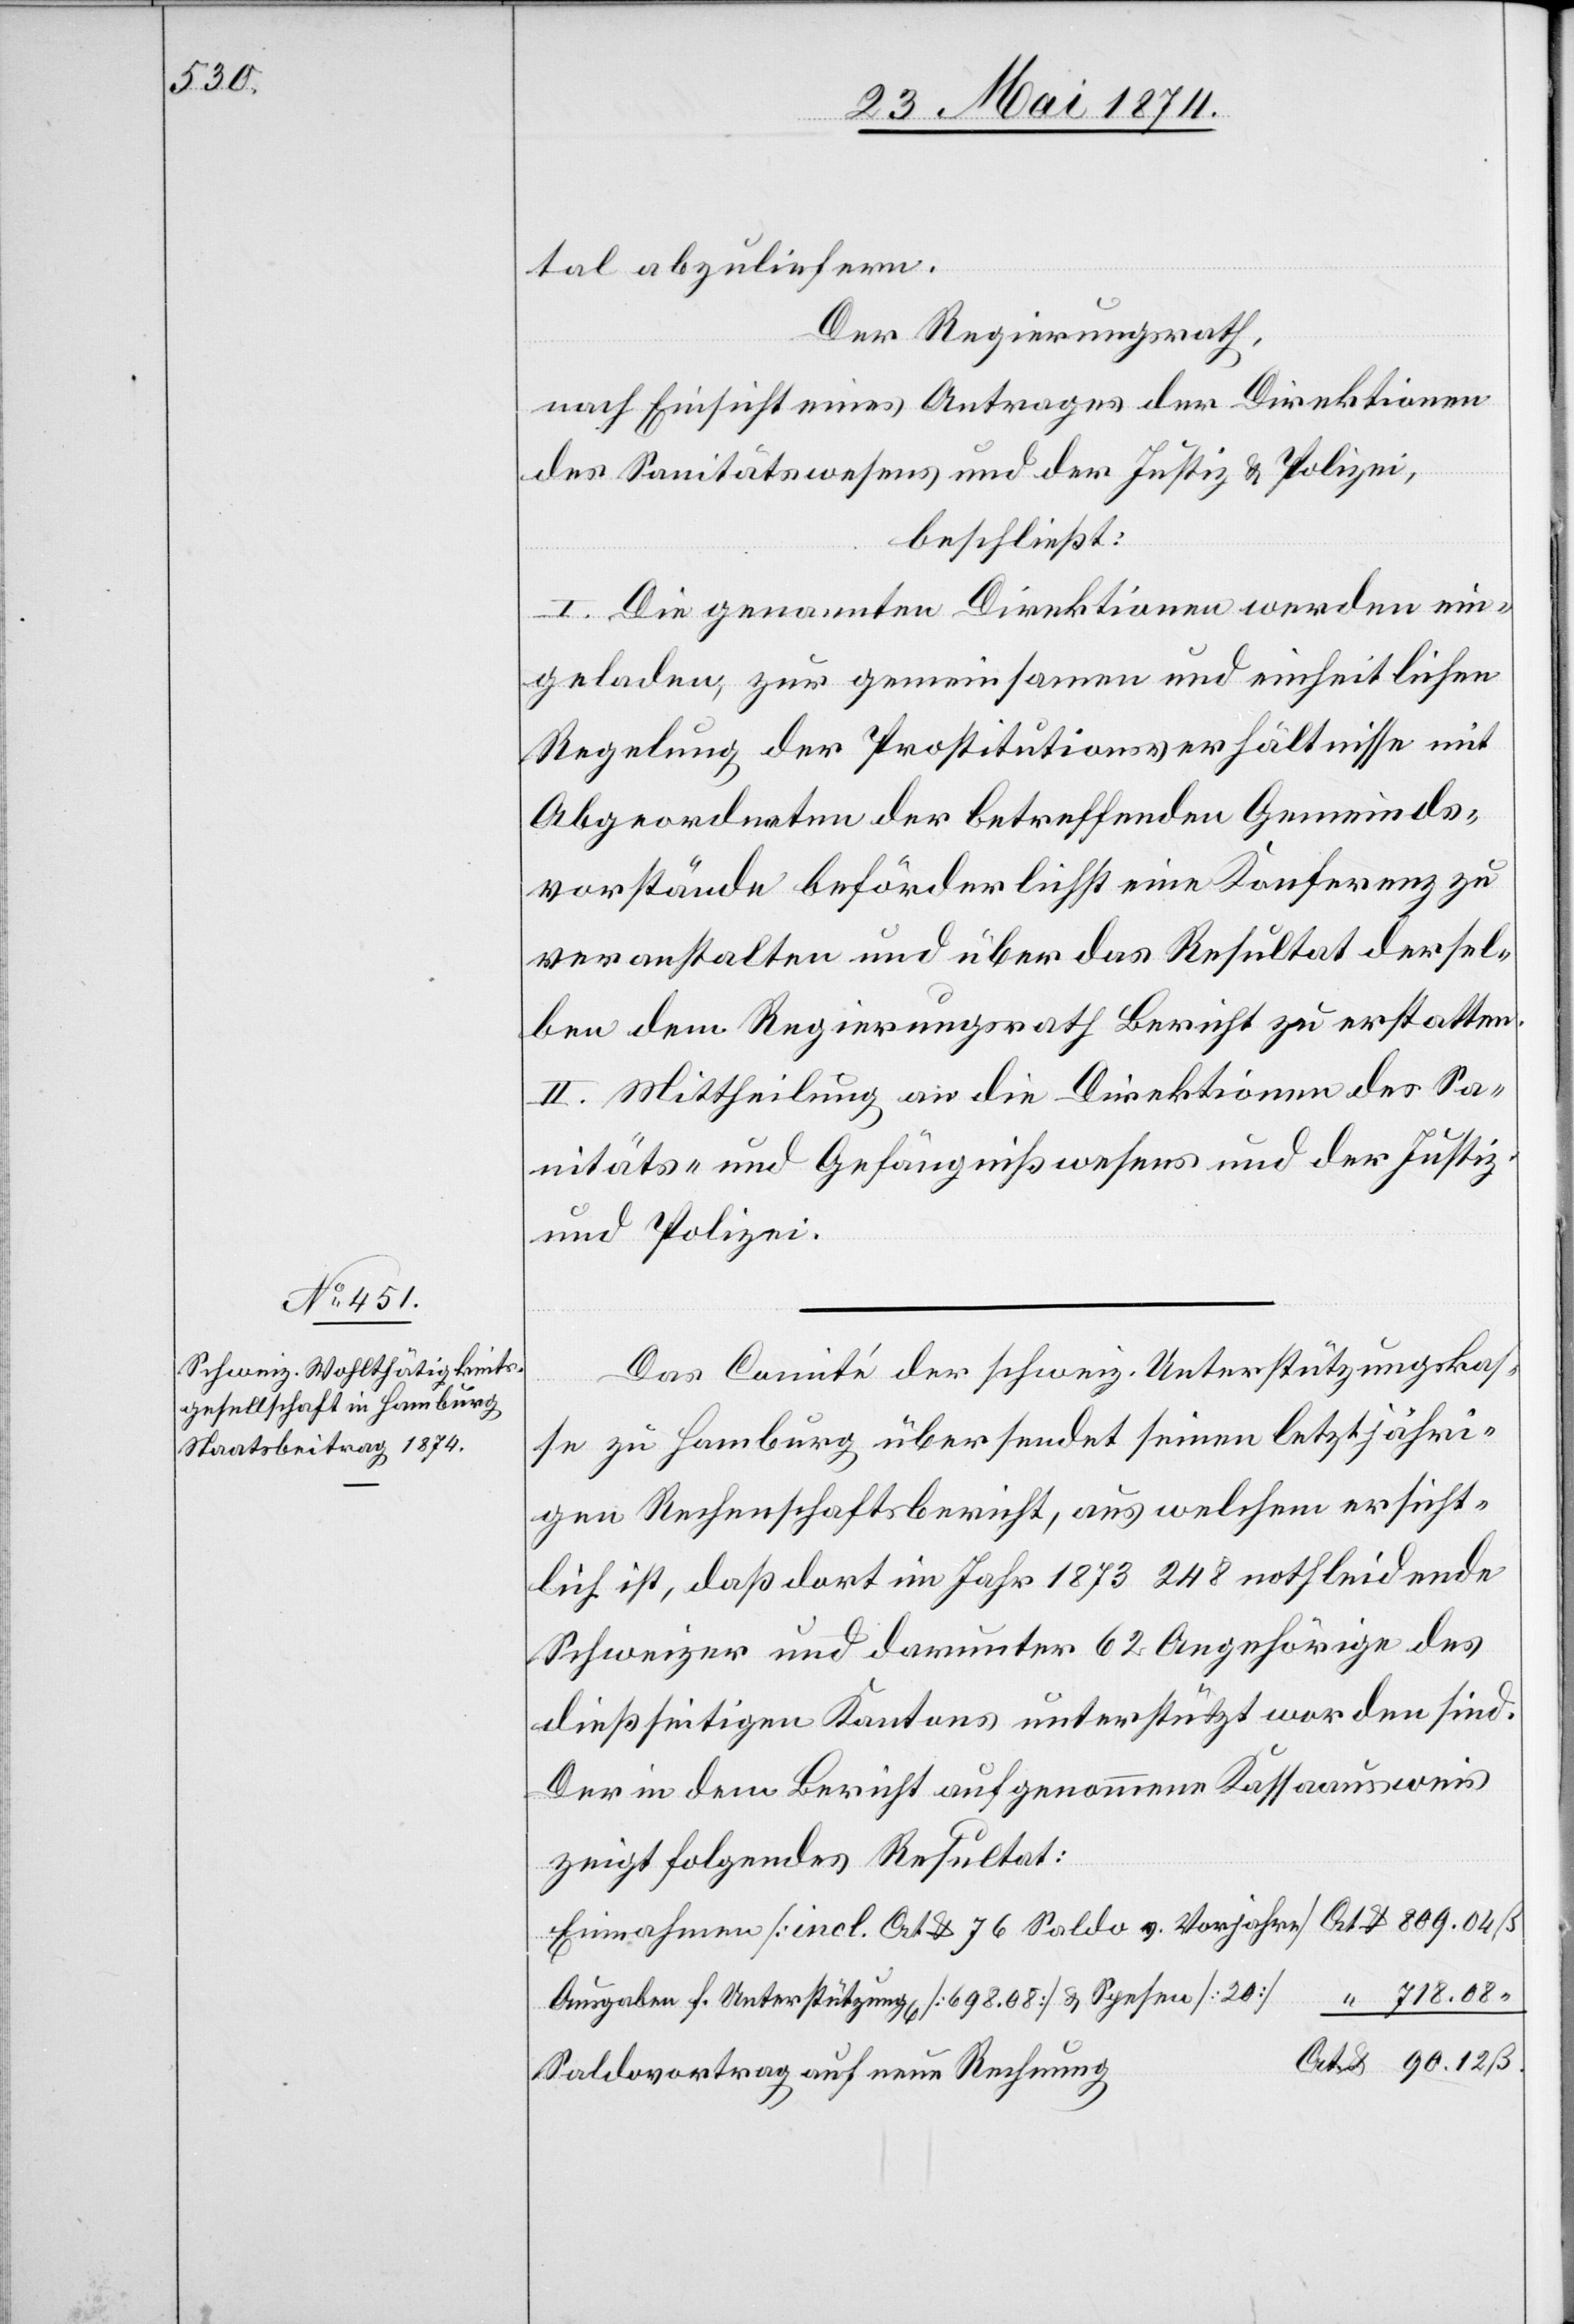
tal abzuliefern.
Der Regierungsrath,
nach Einsicht eines Antrages der Direktion
des Sanitätswesens und der Justiz und Polizei,
beschließt:
I. Die genannten Direktionen werden ein¬
geladen, zur gemeinsamen und einheitlichen
Regelung der Prostitutionsverhältnisse mit
Abgeordneten der betreffenden Gemeinds¬
vorstände beförderlichst eine Konferenz zu
veranstalten und über das Resultat dersel¬
ben dem Regierungsrath Bericht zu erstatten.
II. Mittheilung an die Direktionen des Sa¬
nitäts- und Gefängnißwesens und der Justiz
und Polizei.
Das Comité der schweiz. Unterstützungskas¬
se zu Hamburg übersendet seinen letztjähri¬
gen Rechenschaftsbericht, aus welchem ersicht¬
lich ist, daß dort im Jahr 1873 248 nothleidende
Schweizer und darunter 62 Angehörige des
dießseitigen Kantons unterstützt worden sind.
Der in dem Bericht aufgenommene Kassaausweis
zeigt folgendes Resultat:
Einnahmen [incl. Crt. 76 Saldo v. Vorjahre]
Ausgaben f. Unterstützung [69.08] u. Spesen [20]
Saldovertrag auf neue Rechnung